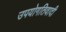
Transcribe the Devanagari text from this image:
उपयोगतिवादी